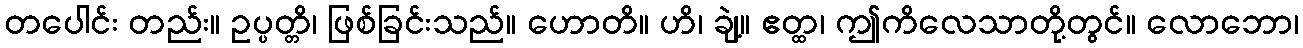
တပေါင်း တည်း။ ဥပ္ပတ္တိ၊ ဖြစ်ခြင်းသည်။ ဟောတိ။ ဟိ၊ ချဲ့။ ဧတ္ထ၊ ဤကိလေသာတို့တွင်။ လောဘော၊